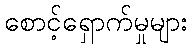
စောင့်ရှောက်မှုများ